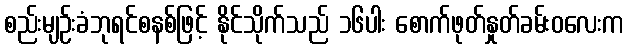
စည်းမျဉ်းခံဘုရင်စနစ်ဖြင့် နိုင်သိုက်သည် ၁၆ပါး စောက်ဖုတ်နှုတ်ခမ်းဝလေးက